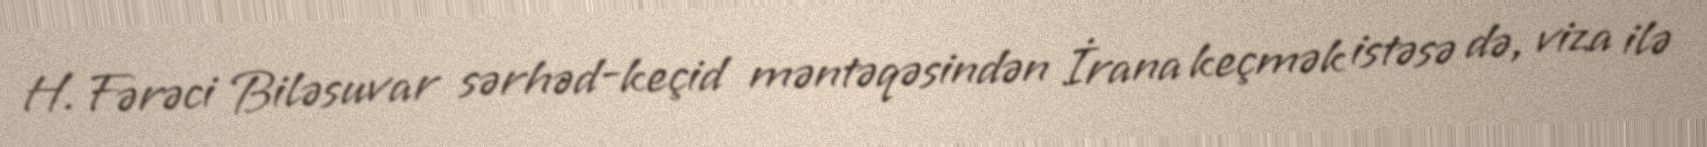
H. Fərəci Biləsuvar sərhəd-keçid məntəqəsindən İrana keçmək istəsə də, viza ilə